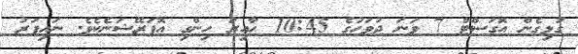
ގުޅިގެން އޮގަސްޓް 7 ވަނަ ދުވަހުގެ 10:45 ހާއިރު ހިންގި އޮޕަރޭޝަނެކެވެ. ނައިފަރު